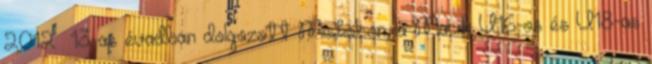
2012 13-as évadban dolgozott Miskolcon, a Macik U16-os és U18-as